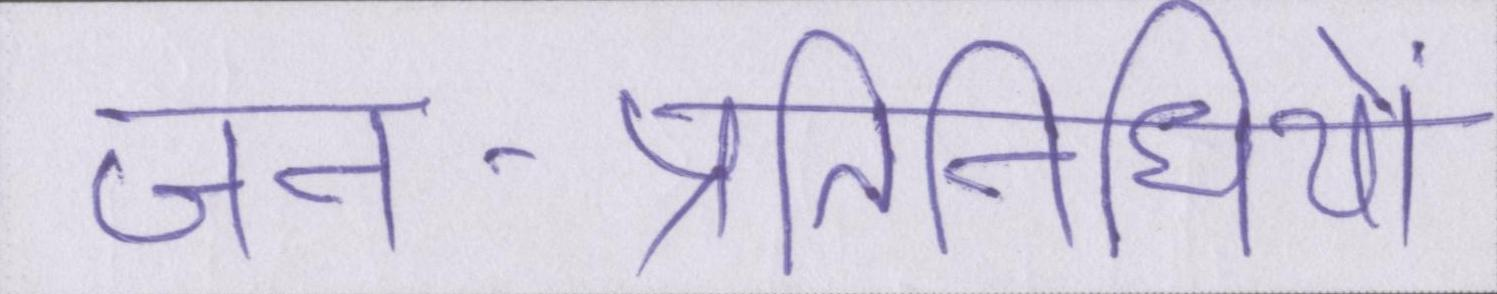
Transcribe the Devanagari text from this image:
जन-प्रतिनिधियों